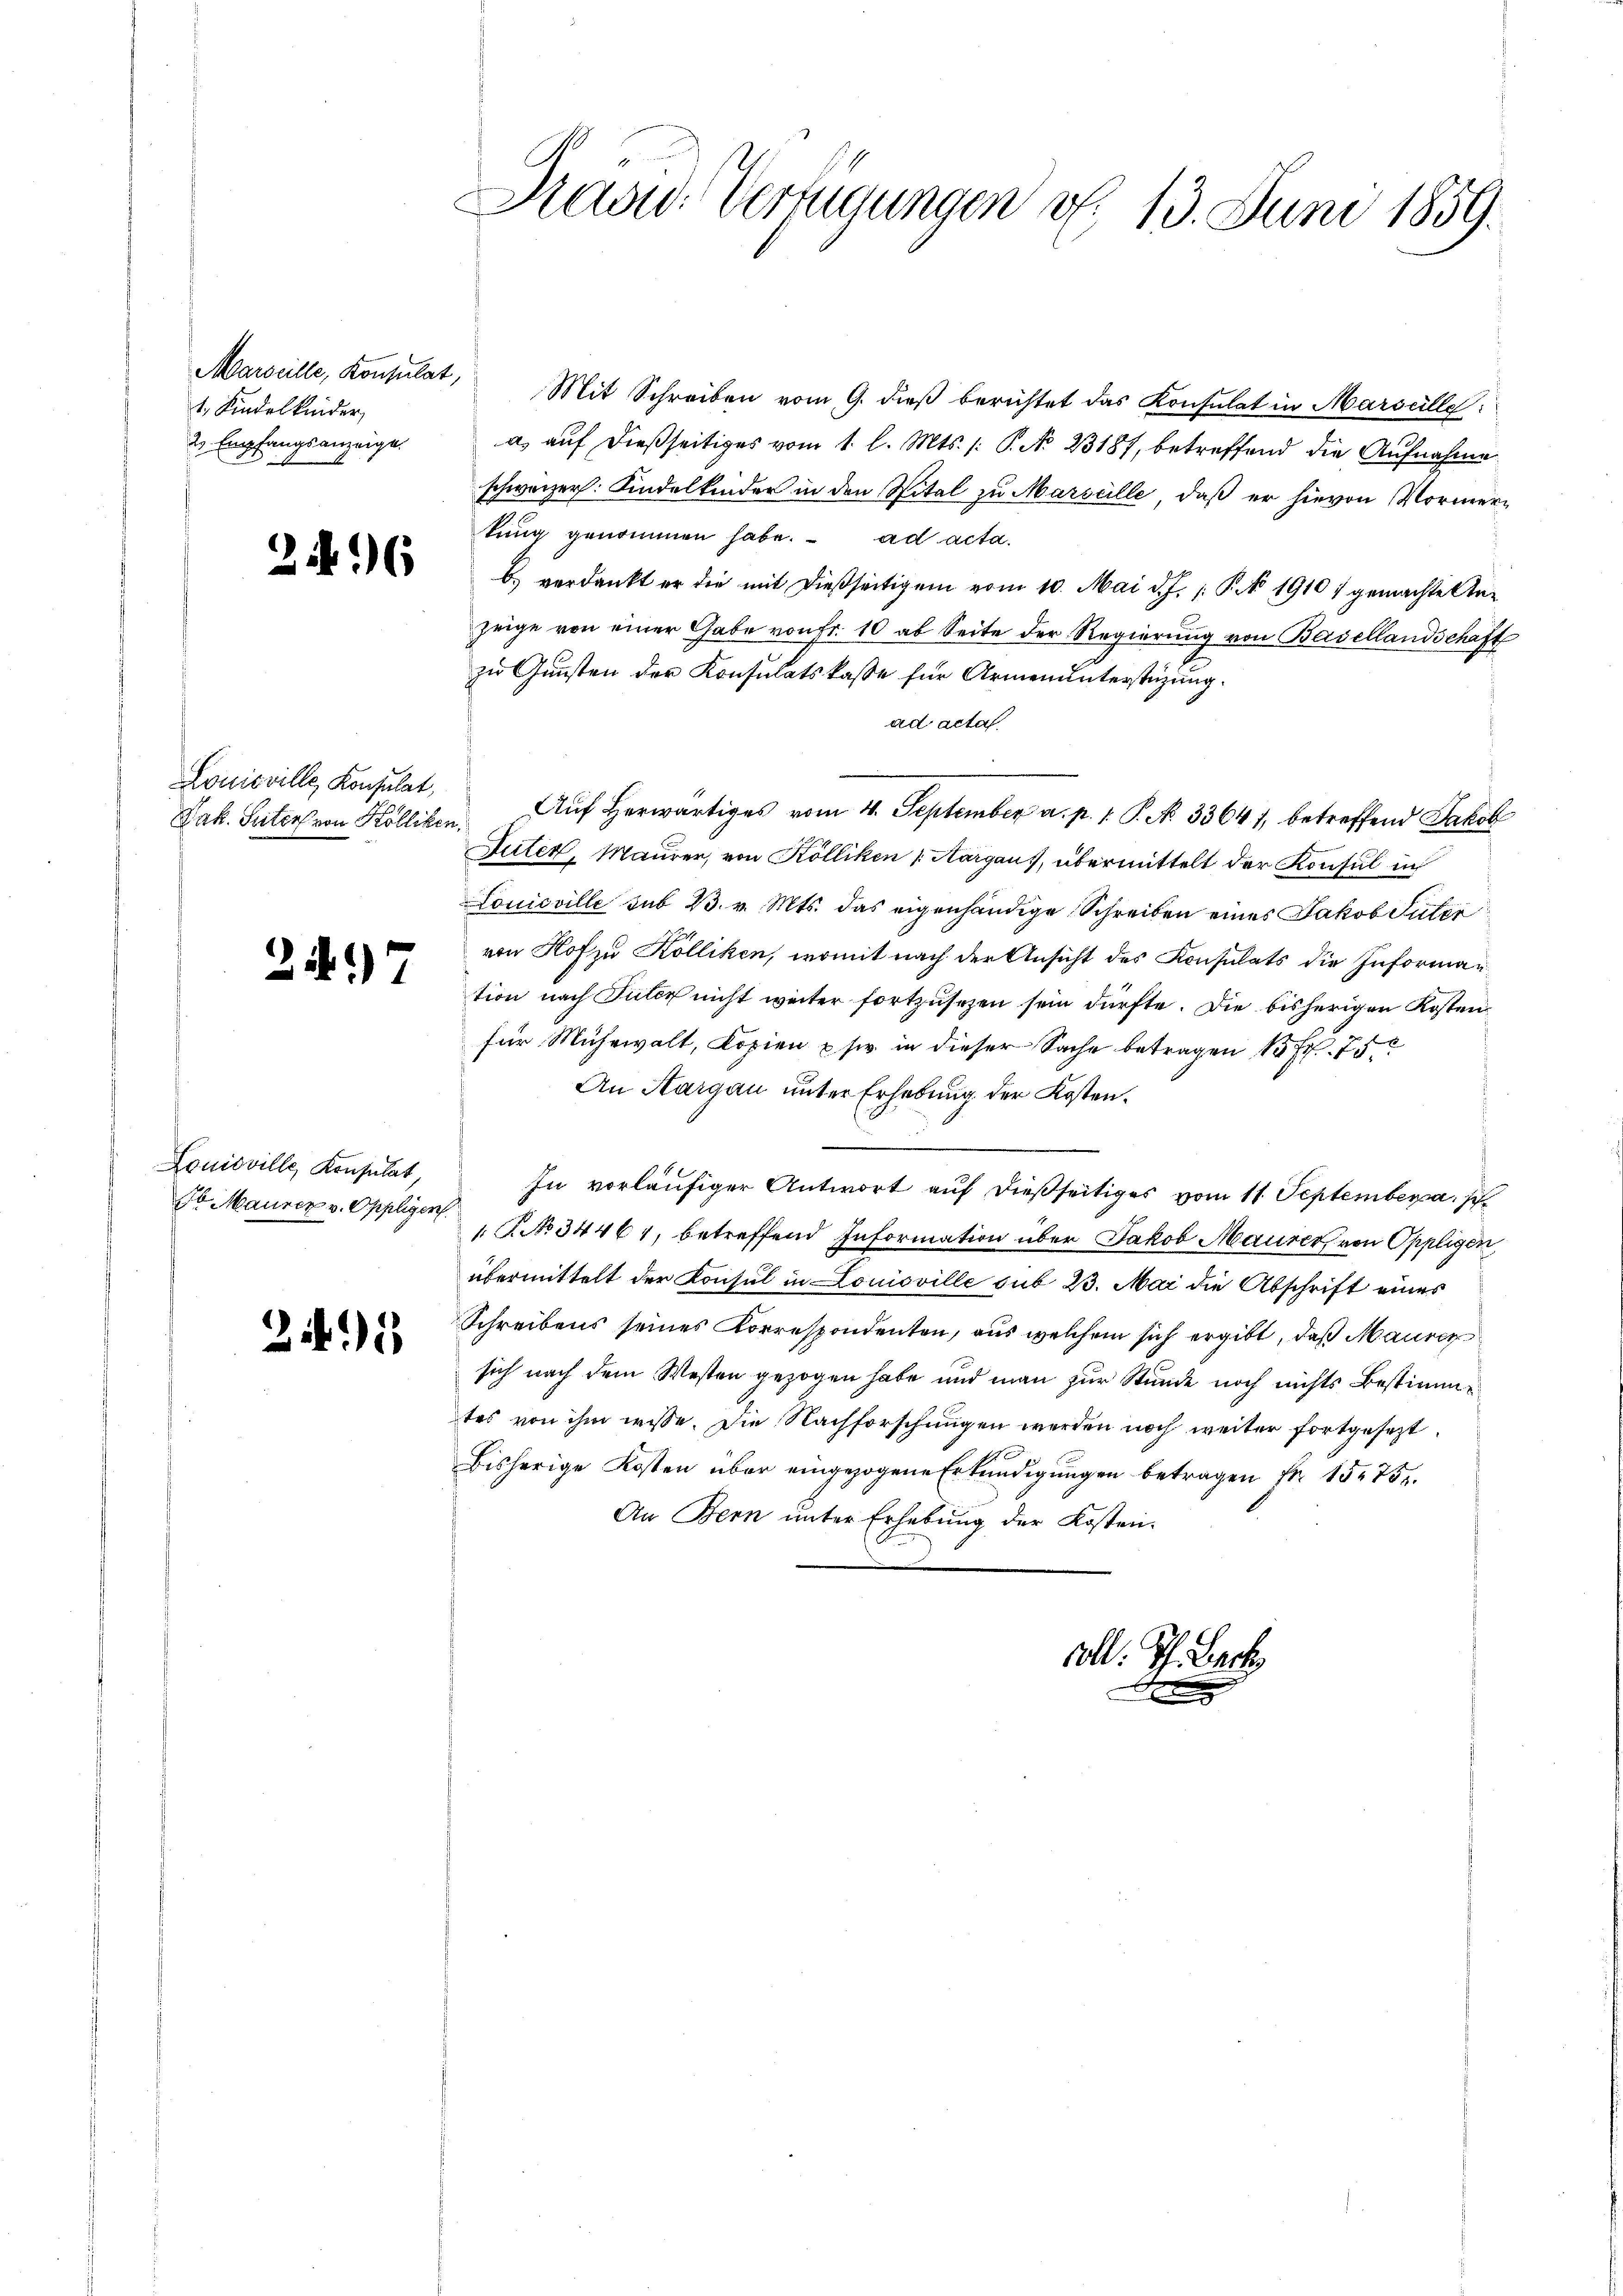
1. Kindelkinder,
2. Empfangsanzeige.

246

Louisville, Konsulat,
Jak. Suter von Kölliken,

247

Louisville Konsulat,
b Maurer v. Oppliger

241

Haad: Verfügungen v. 13. Juni 1859.

Marseille, Konsulat, Mit Schreiben vom 9. dieβ berichtet das Konsulat in Marseille
a) auf dießseitiges vom 1. l. Mts. /: P. No 23187, betreffend die Aufnahme
schweizer. Kindelkinder in den Spital zu Marseille, daß er hievon Vormerkung genommen habe. ad acta.
b) verdankt er die mit dießseitigen vom 10. Mai d. J. P. 1910 ; gemachte An-
zeige von einer Gabe von Fr. 10 ab Seite der Regierung von Basellandschaft
zu Gunsten der Konsulatskasse für Armenunterstüzung.
ad acta
Suter, Maurer, von Kölliken (Aargaus, übermittelt der Konsul in
Louisville sub 23. v. Mts. das eigenhändige Schreiben eines Jakob Suter
von Hof zu Kolliken, womit nach der Ansicht des Konsulats die Informantion nach Suter nicht weiter fortzusetzen sein dürfte. Die bisherigen Kosten
für Mühewalt, Kopien usw. in dieser Sache betragen 1 Fr. 75
An Aargau unter Erhebung der Kosten.
In vorläufiger Antwort auf dießseitiges vom 11. September a. p.
 R. No. 34461, betreffend Information über Jakob Maurer, von Oppligen,
übermittelt der Konsul in Louisville sub 23. Mai die Abschrift eines
Schreibens seines Korrespondenten, aus welchem sich ergibt, daß Maurer
sich nach dem Westen gezogen habe und man zur Stunde noch nichts Bestimmtes von ihm wisse. Die Nachforschungen werden noch weiter fortgesezt.
Bisherige Kosten über eingezogene Erkundigungen betragen fr. 1575.
An Bern unter Erhebung der Kosten¬

Auf herwärtiges vom 4. September a. p. 1. P. No. 33641, betreffend Jakob

voll. Th. Lack